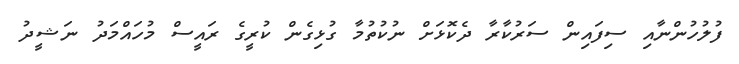
ފުލުހުންނާއި ސިފައިން ސަރުކާރާ ދެކޮޅަށް ނުކުތުމާ ގުޅިގެން ކުރީގެ ރައީސް މުހައްމަދު ނަޝީދު